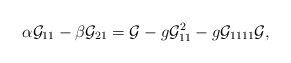
\begin{align*}\alpha {\cal G}_{11}-\beta {\cal G}_{21}={\cal G}-g{\cal G}^2_{11}-g{\cal G}_{1111}{\cal G},\end{align*}